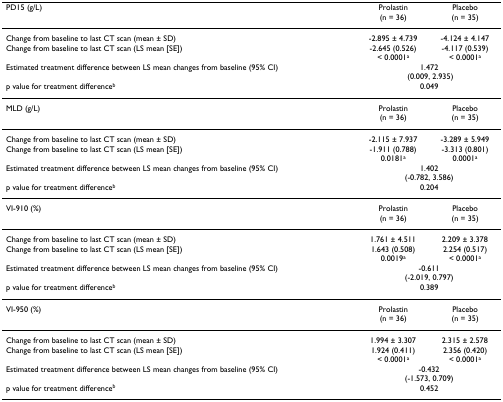
<table><thead><tr><td><b>PD15 (g/L)</b></td><td><b>Prolastin(n = 36)</b></td><td><b>Placebo(n = 35)</b></td></tr></thead><tbody><tr><td>Change from baseline to last CT scan (mean ± SD)</td><td>-2.895 ± 4.739</td><td>-4.124 ± 4.147</td></tr><tr><td>Change from baseline to last CT scan (LS mean [SE])</td><td>-2.645 (0.526)&lt; 0.0001<sup>a</sup></td><td>-4.117 (0.539)&lt; 0.0001<sup>a</sup></td></tr><tr><td>Estimated treatment difference between LS mean changes from baseline (95% CI)</td><td colspan="2">1.472 (0.009, 2.935)</td></tr><tr><td>p value for treatment difference<sup>b</sup></td><td colspan="2">0.049</td></tr><tr><td>MLD (g/L)</td><td>Prolastin(n = 36)</td><td>Placebo(n = 35)</td></tr><tr><td>Change from baseline to last CT scan (mean ± SD)</td><td>-2.115 ± 7.937</td><td>-3.289 ± 5.949</td></tr><tr><td>Change from baseline to last CT scan (LS mean [SE])</td><td>-1.911 (0.788)0.0181<sup>a</sup></td><td>-3.313 (0.801)0.0001<sup>a</sup></td></tr><tr><td>Estimated treatment difference between LS mean changes from baseline (95% CI)</td><td colspan="2">1.402(-0.782, 3.586)</td></tr><tr><td>p value for treatment difference<sup>b</sup></td><td colspan="2">0.204</td></tr><tr><td>VI-910 (%)</td><td>Prolastin(n = 36)</td><td>Placebo(n = 35)</td></tr><tr><td>Change from baseline to last CT scan (mean ± SD)</td><td>1.761 ± 4.511</td><td>2.209 ± 3.378</td></tr><tr><td>Change from baseline to last CT scan (LS mean [SE])</td><td>1.643 (0.508)0.0019<sup>a</sup></td><td>2.254 (0.517)&lt; 0.0001<sup>a</sup></td></tr><tr><td>Estimated treatment difference between LS mean changes from baseline (95% CI)</td><td colspan="2">-0.611(-2.019, 0.797)</td></tr><tr><td>p value for treatment difference<sup>b</sup></td><td colspan="2">0.389</td></tr><tr><td>VI-950 (%)</td><td>Prolastin(n = 36)</td><td>Placebo(n = 35)</td></tr><tr><td>Change from baseline to last CT scan (mean ± SD)</td><td>1.994 ± 3.307</td><td>2.315 ± 2.578</td></tr><tr><td>Change from baseline to last CT scan (LS mean [SE])</td><td>1.924 (0.411)&lt; 0.0001<sup>a</sup></td><td>2.356 (0.420)&lt; 0.0001<sup>a</sup></td></tr><tr><td>Estimated treatment difference between LS mean changes from baseline (95% CI)</td><td colspan="2">-0.432(-1.573, 0.709)</td></tr><tr><td>p value for treatment difference<sup>b</sup></td><td colspan="2">0.452</td></tr></tbody></table>